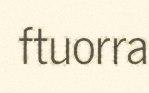
ftuorra